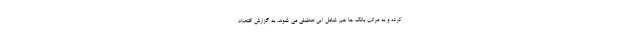
کرده و به مراتب بانک ها هم شامل این تعطیلی می شوند. به گزارش اقتصاد